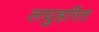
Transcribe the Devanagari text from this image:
लघुहरित